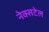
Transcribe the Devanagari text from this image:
नेक्सटेल